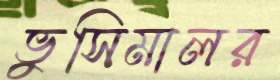
ভুসিমালর